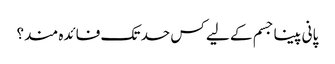
پانی پینا جسم کے لیے کس حد تک فائدہ مند؟